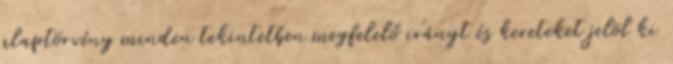
alaptörvény minden tekintetben megfelelő irányt és kereteket jelöl ki